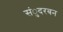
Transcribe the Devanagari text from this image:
संुदरबन